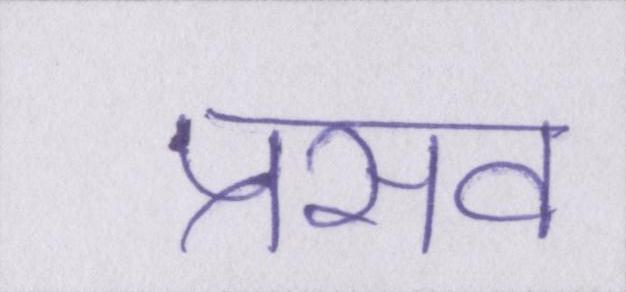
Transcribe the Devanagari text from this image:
प्रसव